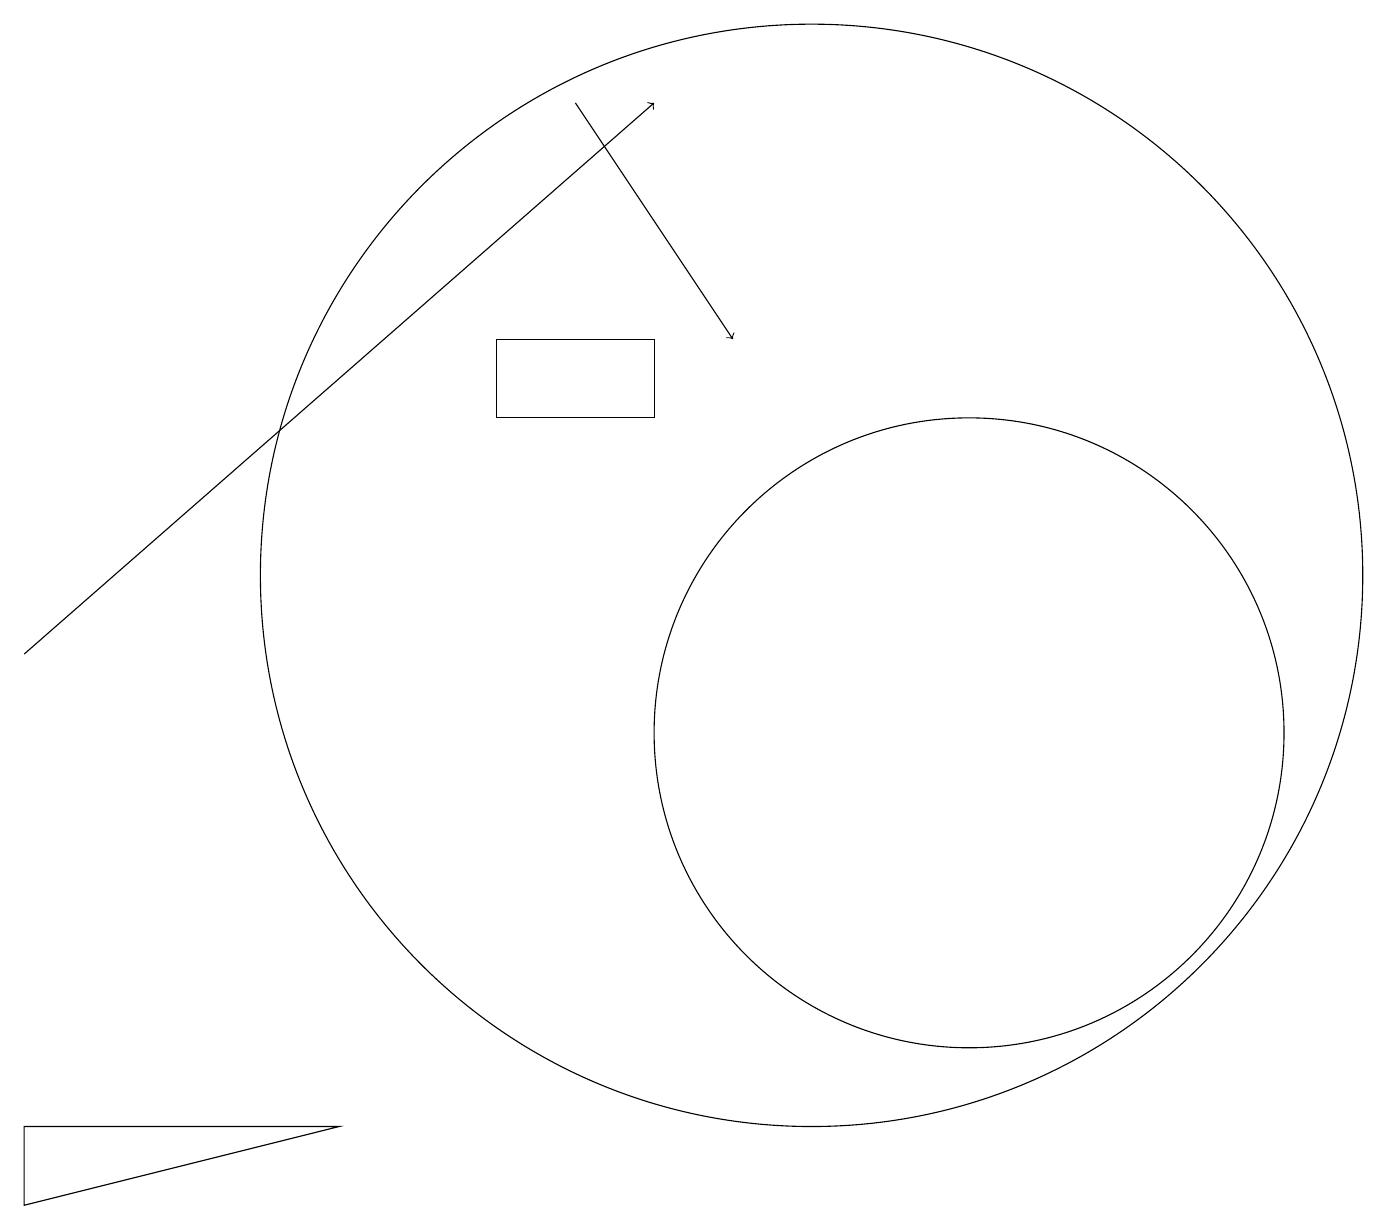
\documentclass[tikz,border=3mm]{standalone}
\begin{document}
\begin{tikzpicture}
\draw (0,4) -- (4,5) -- (0,5) -- cycle;
\draw (12,10) circle (4);
\draw (6,15) rectangle (8,14);
\draw[->] (7,18) -- (9,15);
\draw (10,12) circle (7);
\draw[->] (0,11) -- (8,18);
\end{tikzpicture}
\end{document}